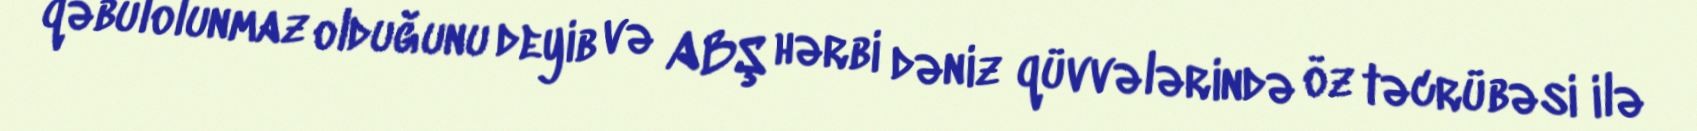
qəbulolunmaz olduğunu deyib və ABŞ hərbi dəniz qüvvələrində öz təcrübəsi ilə